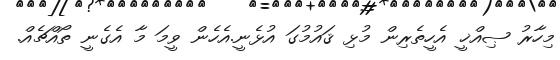
މިހާރު ޞިއްޚީ އެހީތެރިން މުޅި ޤައުމުގަ އުޅެނީ.އެހެން ވީމަ މާ އެގެނީ ތޯއްޗެއް.